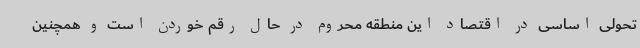
تحولی اساسی در اقتصاد این منطقه محروم در حال رقم خوردن است و همچنین